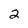
Character: 2